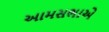
આમસભાએ